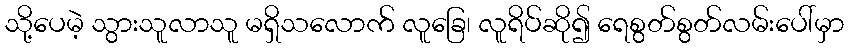
သို့ပေမဲ့ သွားသူလာသူ မရှိသလောက် လူခြေ၊ လူရိပ်ဆို၍ ရေစွတ်စွတ်လမ်းပေါ်မှာ